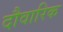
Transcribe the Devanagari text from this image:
दौवारिक